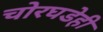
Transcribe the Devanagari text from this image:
चोरघडेही